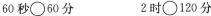
60 秒\circ 60 分 2 时\circ 120 分